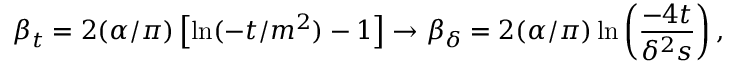
\beta _ { t } = 2 ( \alpha / \pi ) \left[ \ln ( - t / m ^ { 2 } ) - 1 \right] \to \beta _ { \delta } = 2 ( \alpha / \pi ) \ln \left( { \frac { - 4 t } { \delta ^ { 2 } s } } \right) ,